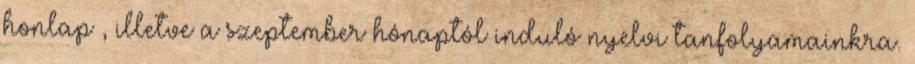
honlap , illetve a szeptember hónaptól induló nyelvi tanfolyamainkra.